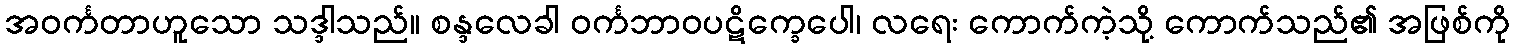
အဝင်္ကတာဟူသော သဒ္ဒါသည်။ စန္ဒလေခါ ဝင်္ကဘာဝပဋိက္ခေပေါ၊ လရေး ကောက်ကဲ့သို့ ကောက်သည်၏ အဖြစ်ကို